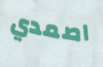
اصمدي